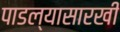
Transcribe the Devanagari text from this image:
पाडल्यासारखी